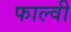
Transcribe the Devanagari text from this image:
फाल्वी